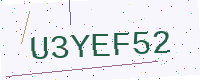
Text: U3YEF52